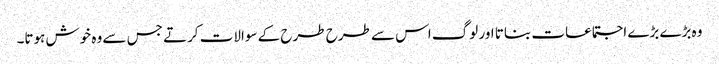
وہ بڑے بڑے اجتماعات بناتا اور لوگ اس سے طرح طرح کے سوالات کرتے جس سے وہ خوش ہوتا۔